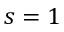
s = 1